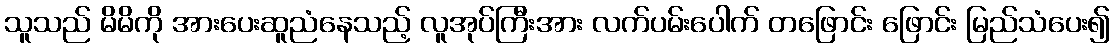
သူသည် မိမိကို အားပေးဆူညံနေသည့် လူအုပ်ကြီးအား လက်ပမ်းပေါက် တဖြောင်း ဖြောင်း မြည်သံပေး၍